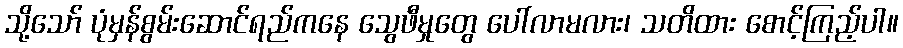
သို့သော် ပုံမှန်စွမ်းဆောင်ရည်ကနေ သွေဖီမှုတွေ ပေါ်လာမလား၊ သတိထား စောင့်ကြည့်ပါ။